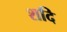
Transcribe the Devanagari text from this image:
शदि